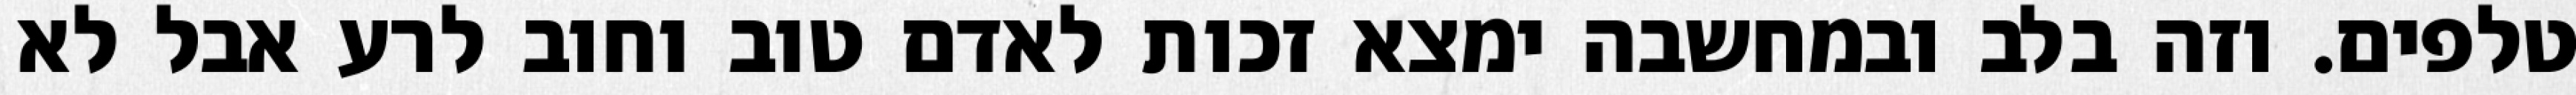
טלפים. וזה בלב ובמחשבה ימצא זכות לאדם טוב וחוב לרע אבל לא